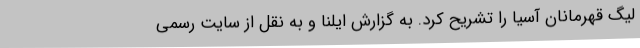
لیگ قهرمانان آسیا را تشریح کرد. به گزارش ایلنا و به نقل از سایت رسمی